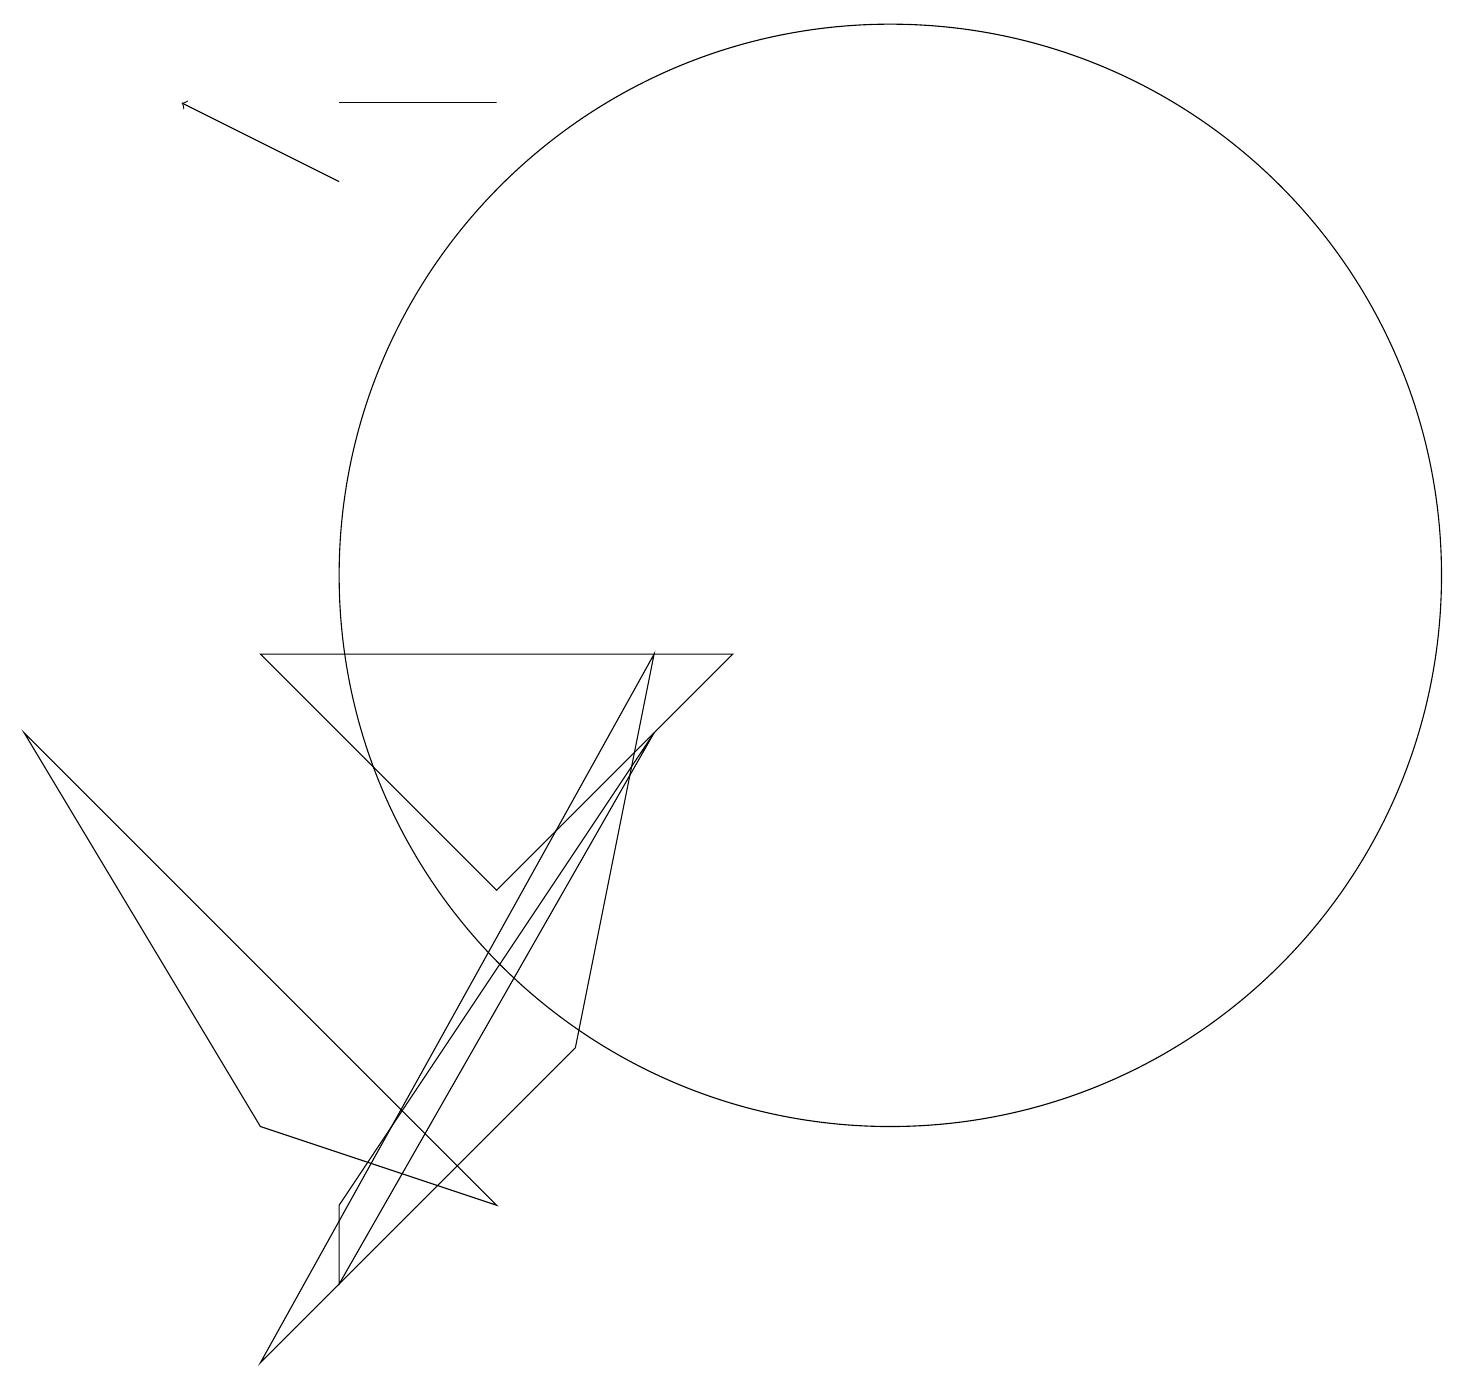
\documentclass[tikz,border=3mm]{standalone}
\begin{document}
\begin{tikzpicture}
\draw (3,3) -- (0,8) -- (6,2) -- cycle;
\draw (8,9) -- (7,4) -- (3,0) -- cycle;
\draw (11,10) circle (7);
\draw (8,8) -- (4,2) -- (4,1) -- cycle;
\draw (9,9) -- (6,6) -- (3,9) -- cycle;
\draw[->] (4,15) -- (2,16);
\draw (4,16) rectangle (6,16);
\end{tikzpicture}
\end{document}